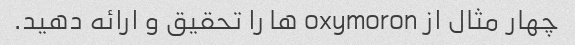
چهار مثال از oxymoron ها را تحقیق و ارائه دهید.